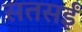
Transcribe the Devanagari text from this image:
सतसईं